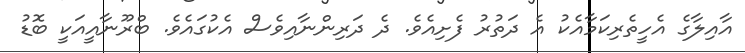
އާއިލާގެ އެހީތެރިކަމާއެކު އެ ދަތުރު ފެށިއެވެ. ދެ ދަރިންނާއިވެސް އެކުގައެވެ. ބްރޫނާއީއަކީ ބޮޑު